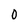
Character: 0